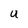
Character: U